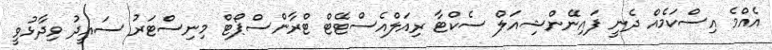
އެއްމެ އިސްކަމެއް ދެނީ ފައިނޭންޝިއަލް ސެކްޓާ ރިއަލްއެސްޓޭޓް ޓްރާންސްޕޯޓް މިނިސްޓަރު ސައީދު ވިދާޅުވީ